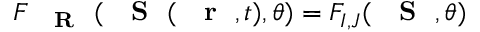
F _ { \mathrm { ~ { ~ \bf ~ R ~ } ~ } } ( { \mathrm { ~ { ~ \bf ~ S ~ } ~ } } ( \mathrm { ~ { ~ \bf ~ r ~ } ~ } , t ) , \theta ) = F _ { I , J } ( { \mathrm { ~ { ~ \bf ~ S ~ } ~ } } , \theta )